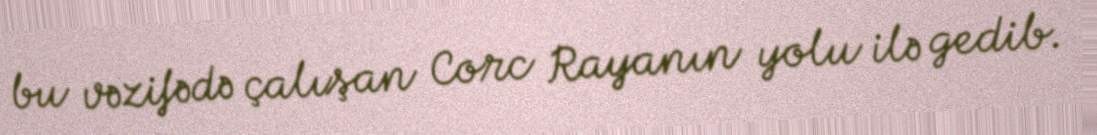
bu vəzifədə çalışan Corc Rayanın yolu ilə gedib.